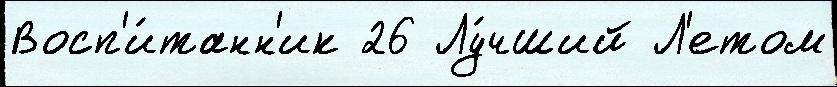
Восп'и́танн'ик 26 Лу́чший Л'етом